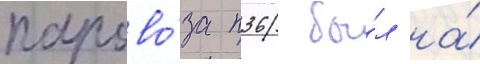
парово́за п36 бы́л на́